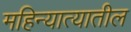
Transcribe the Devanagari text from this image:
महिन्यात्यातील